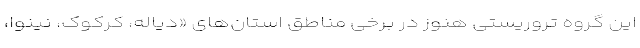
این گروه تروریستی هنوز در برخی مناطق استان‌های «دیاله، کرکوک، نینوا،